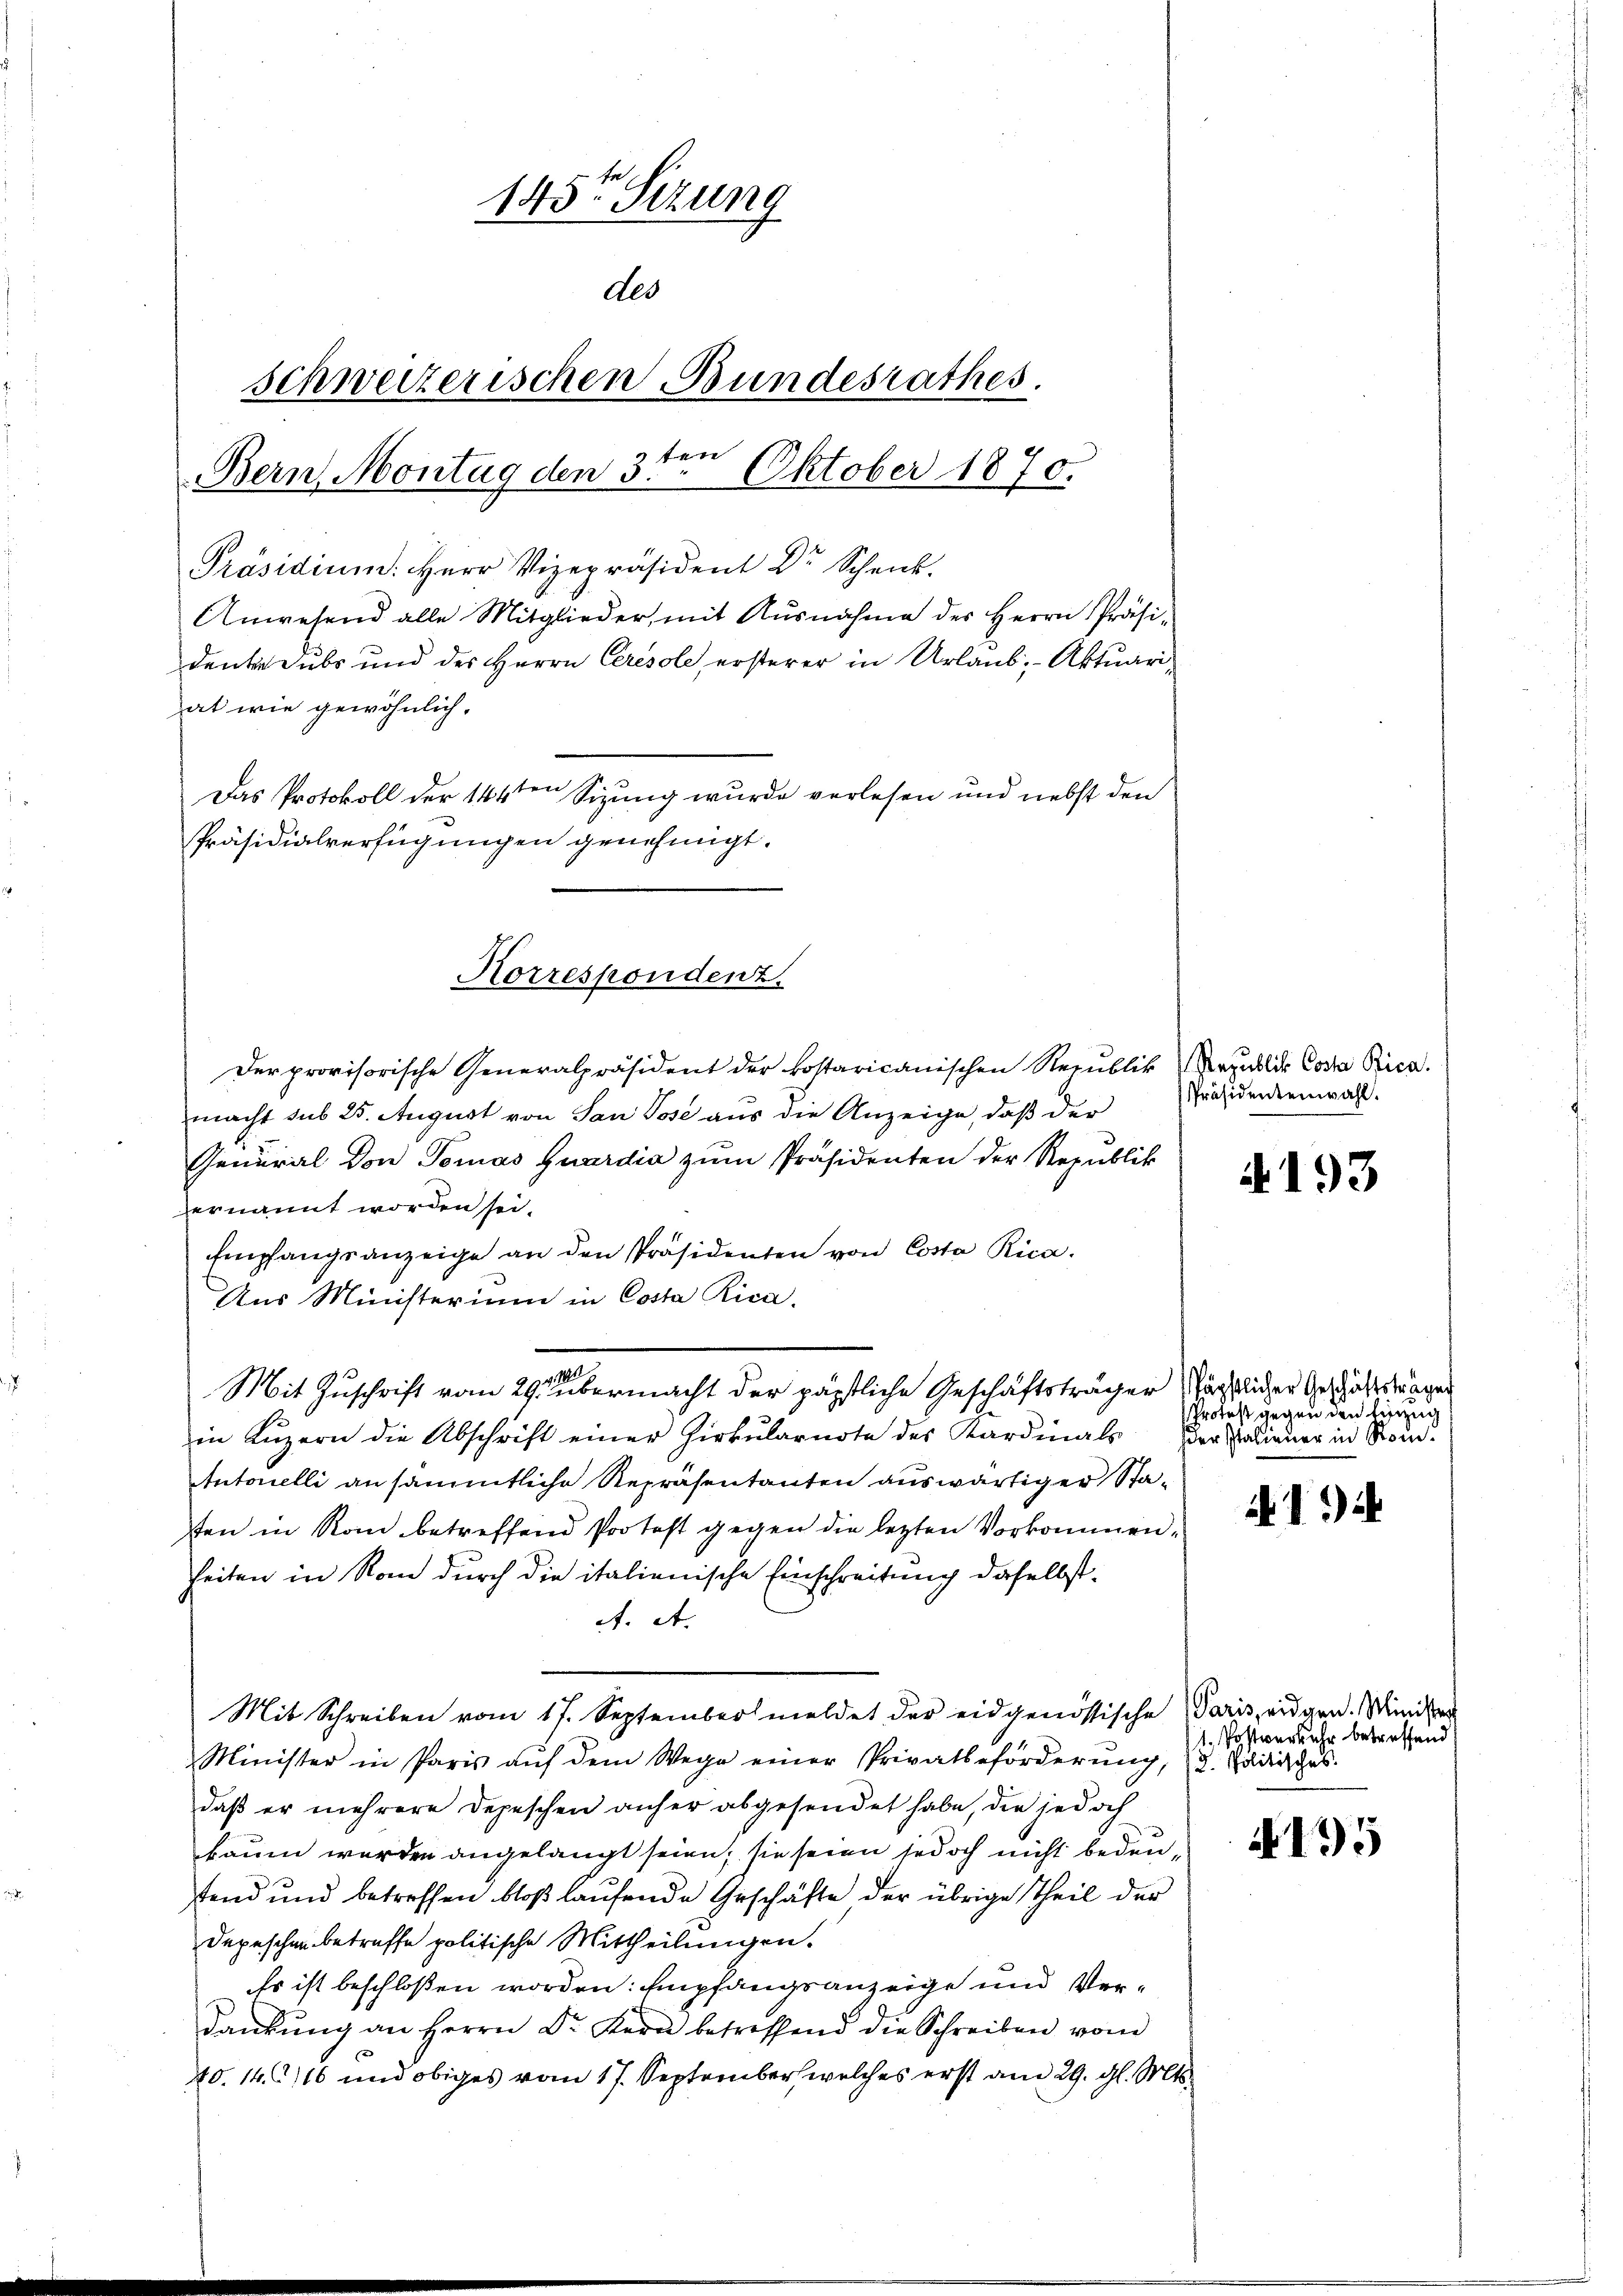
145te Sizung
des
schweizerischen Bundesrathes.
Bern Montag den 3ten Oktober 1870.

hat wie gewöhnlich.
Das Protokoll der 144ten Sizung wurde verlesen und nebst den
Präsidialverfügungen genehmigt.
Korrespondenz.

Präsidium. Herr Vizepräsident Dr. Schenk.
Anwesend alle Mitglieder, mit Ausnahme des Herrn Präsi-
dente Subs und des Herrn Ceresole, ersterer in Urlaub, Aktuari¬
Der provisorische Generalpräsident der kostaricanischen Republik Verzublik Costa Rica.
macht sub 25. August von San Jose aus die Anzeige, daß der
General von Tomas Quardia zŭm Präsidenten der Republik
ernannt worden sei.
Empfangsanzeige an den Präsidenten von Costa Rica.
Aus Ministerium in Costa Rica.
100.
Mit Zuschrift vom 29. übermacht der päpstliche Geschäftsträger Nächtlicher Geschäftsträger
in Luzern die Abschrift einer Zirkularnote des Kardinals der Radiener in Som¬
Antonelli an sämmtliche Repräsentanten auswärtiger Staften in Rom betreffend Protest gegen die letzten Vorkommenheiten in Rom durch die italienische Einschreitung daselbst¬
A. A.
Mit Schreiben vom 17. September meldet der eidgenössische Paris eidgen. Minister
Minister in Paris aŭf dem Wege einer Privatbeförderŭng, (2. Pädisches.
daß er mehrere Depeschen anher abgesendet habe, die jedoch
baum werden angelangt seien; sie seien jedoch nicht bedeustend und betreffen bloß laufende Geschäfte der übrige Theil der
Depeschen betreffe politische Mittheilungen.
Es ist beschlossen worden. Empfangsanzeige und Verdankŭng an Herrn Dr. Kern betreffend die Schreiben vom
40. 14. 216 und obiges vom 17. September welches erst am 29. gl. Mts.

[Präsidentenwahl.

A193

Protest gegen den hinzug

1. Postverkehr betreffend

135